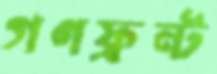
গণফ্রন্ট